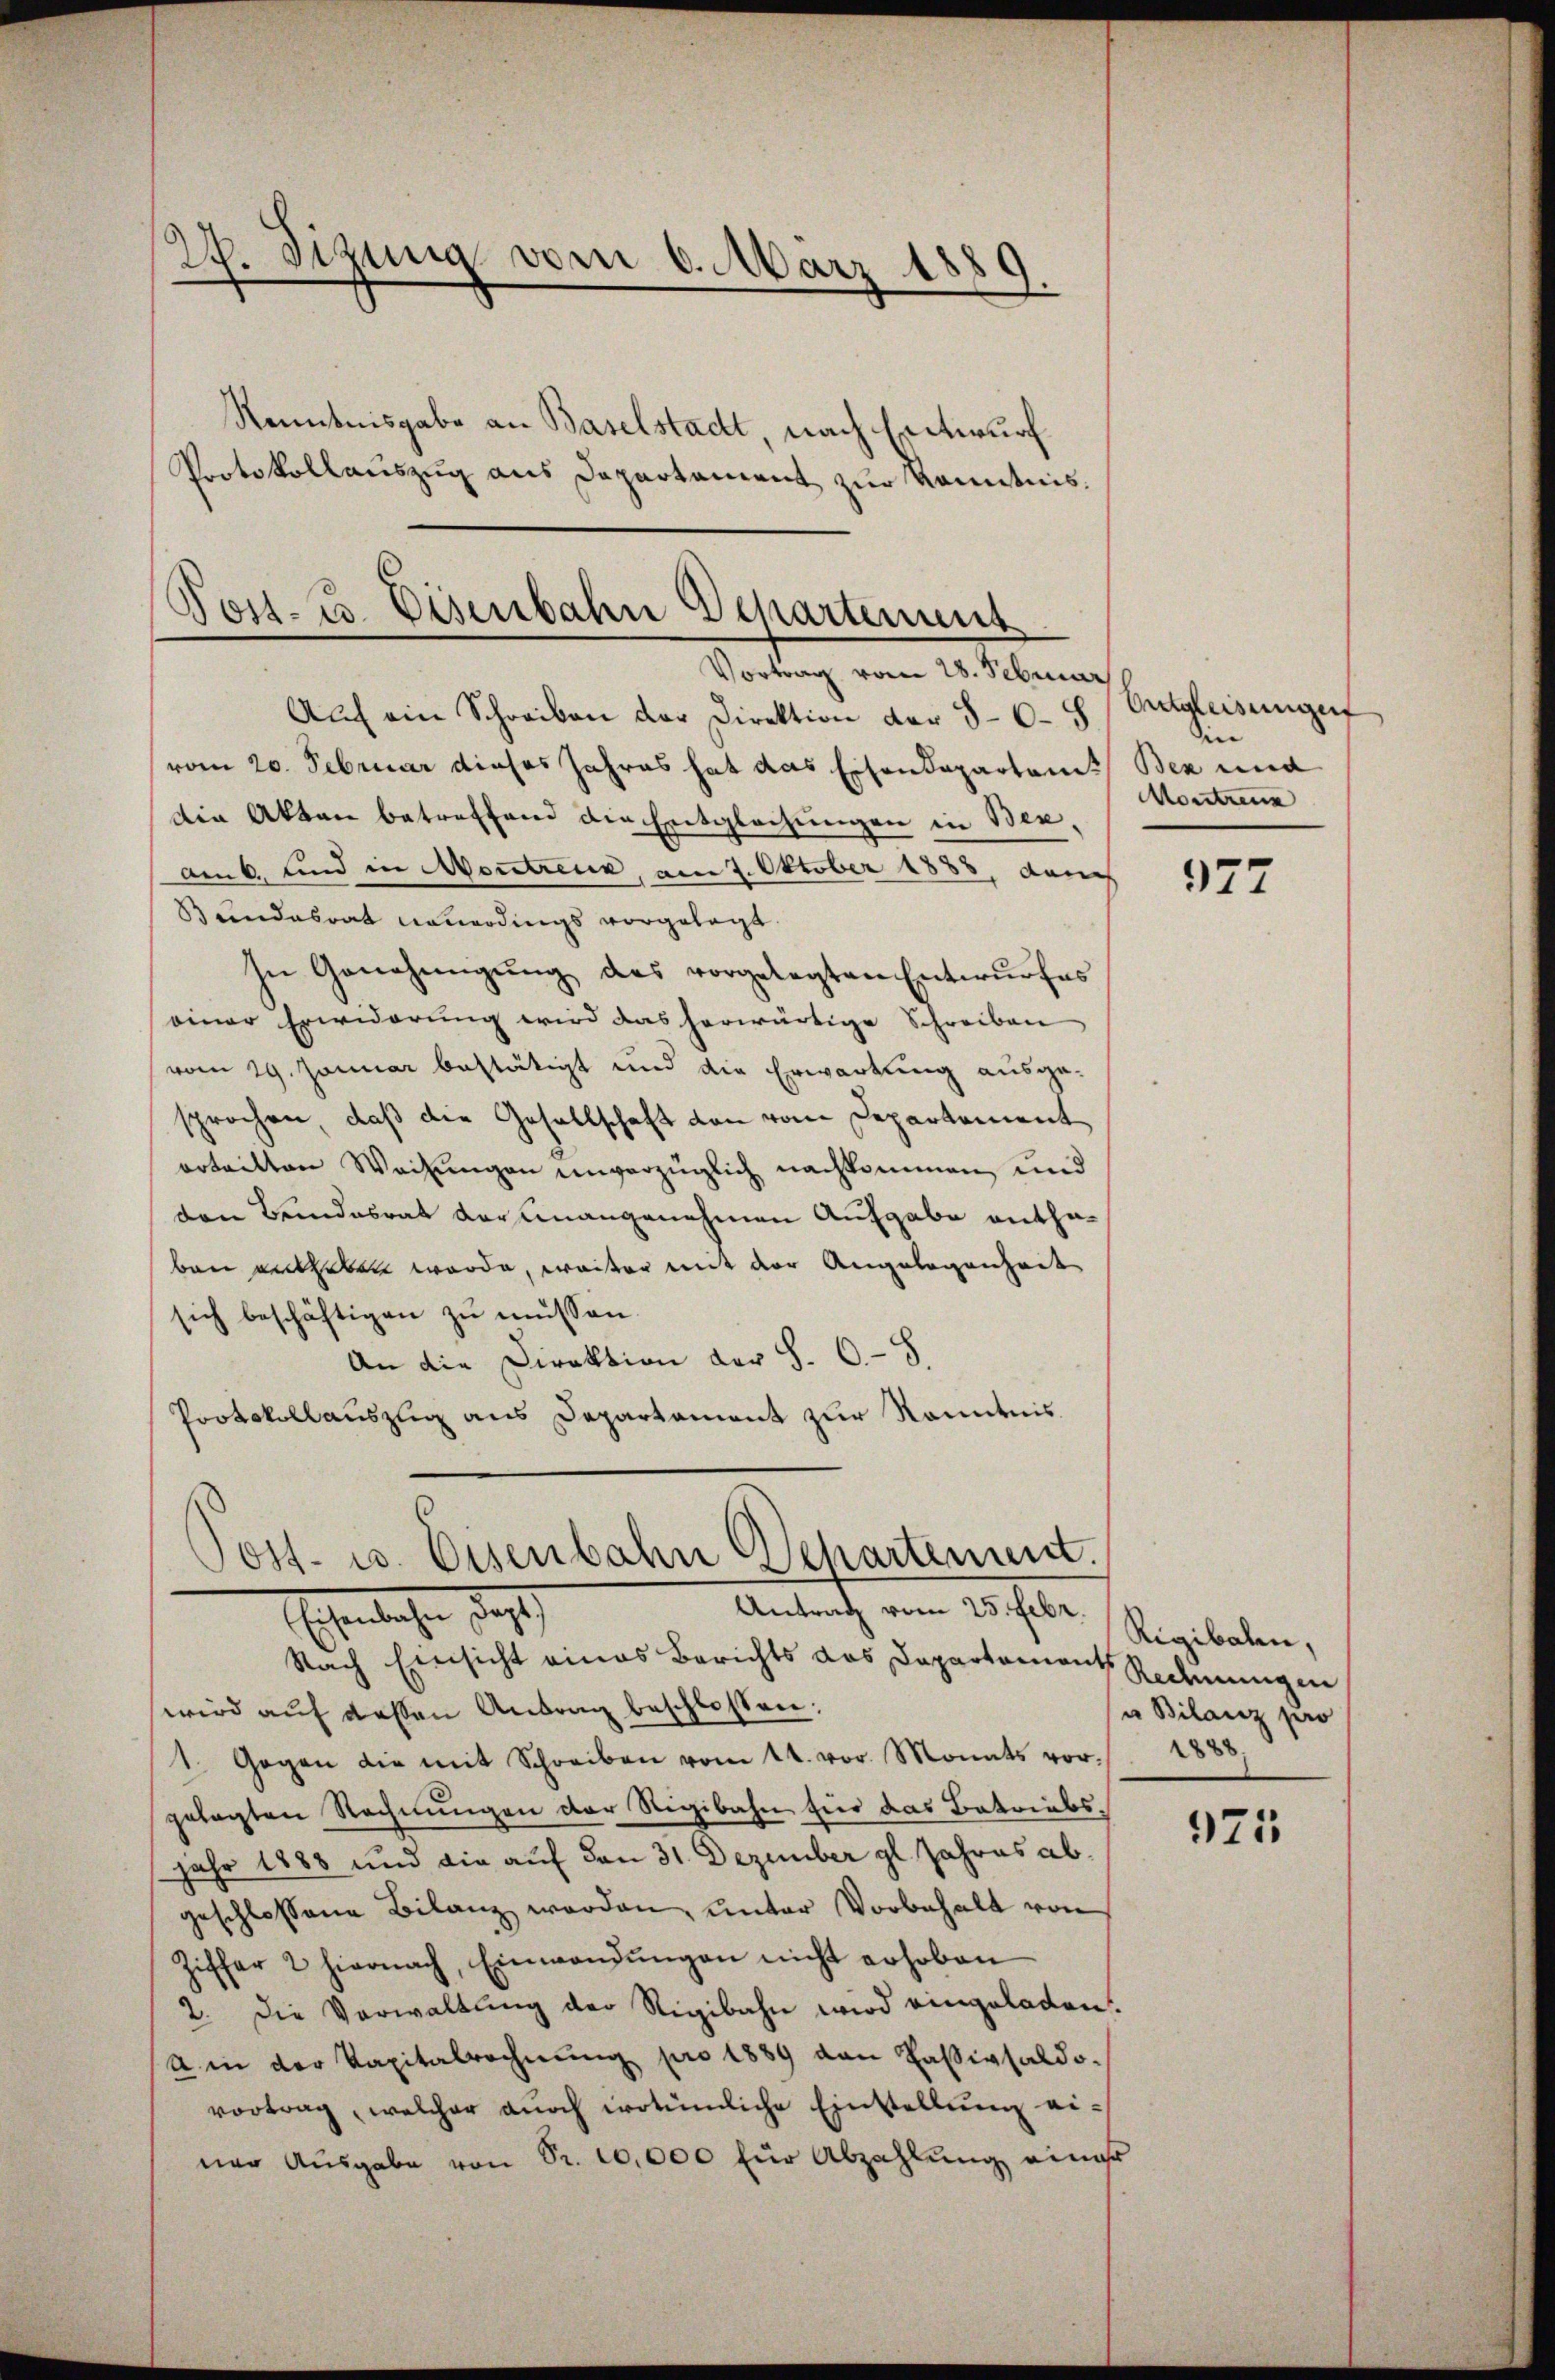
27. Sizung vom 6. März 1889.

Kenntnisgabe an Baselstadt nach Entwurf
Protokollauszug aus Departement zur Kenntnis.

Post- u. Eisenbahn Departement
Vortrag vom 28. Februar

Auf ein Schreiben der Direktion der 5-6-8
vom 20. Februar dieses Jahres hat das Eisendepartamt
Die Akten betreffend die Entglechungen in Benamb, und in Montreux, am 1. Oktober 1888, durch
Bundesrat neuerdings vorgelegt
In Genehmigŭng des vorgelegten Entwŭrfes
einer Erwiderung wird das herwärtige Schreiben
vom 29. Januar bestätigt und die Erwartung ausgesprochen, daß die Gesellschaft den vom Departement
orteilten Weisungen unverzüglich nachkommen, und
von Bundesrat vor unangenehmen Aufgabe enthaben entgeben werde, weiter mit der Angelegenheit
sich beschäftigen zu müssen.
An die Direktion der §. 6. 8.
Protokollauszug aus Departament zur Kenntnis
Post- u. Eisenbahn Departement.
Eheliche des
Antrath vom 20. Febr. Rigibalen,
Nach Einsicht eines Berichts das Departament Redenungen
wird aŭf dassen Antrag beschlossen:
1. Gegen die mit Schreiben vom 14. vor. Monats vorgelegten Rechnungen der Rigibahn für das Betriebsjahr 1888 und die auf den 31. Dezember gl. Jahres abgeschlossene Bilanz werden, unter Vorbehalt von
Ziffer 2 hiernach, Einwendungen nicht erhoben
2. Die Verwaltung der Rigibahn wird eingeladen.
A in der Kapitalrechnung pro 1889 von Passivsaldo-
vortrag, welcher noch irrtümliche Einstellung einer Aŭsgabe von Sr. 10,000 für Abzahlung einer

Entgleisungen
Sie
Bek und
Montrenn

977

u Bilanz pro
1888.

971